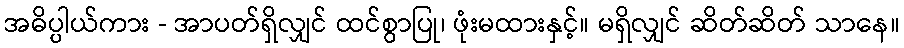
အဓိပ္ပါယ်ကား - အာပတ်ရှိလျှင် ထင်စွာပြု၊ ဖုံးမထားနှင့်။ မရှိလျှင် ဆိတ်ဆိတ် သာနေ။